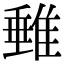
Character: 𨿠